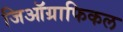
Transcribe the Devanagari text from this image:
जिऑग्राफिकल